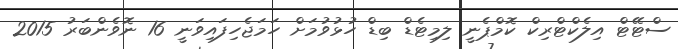
ސްޓޭޓް އިލެކްޓްރިކް ކޮމްޕެނީ ލިމިޓެޑް ބިޑް ހުޅުވުމަށް ހަމަޖެހިފައިވަނީ 16 ނޮވެންބަރު 2015